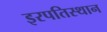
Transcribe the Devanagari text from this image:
इरपतिस्थान